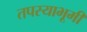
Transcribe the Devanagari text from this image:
तपस्याभूमी